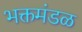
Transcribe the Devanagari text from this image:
भक्तमंडळ